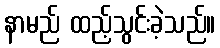
နာမည် ထည့်သွင်းခဲ့သည်။